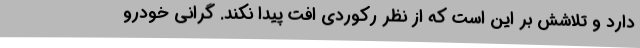
دارد و تلاشش بر این است که از نظر رکوردی افت پیدا نکند. گرانی خودرو